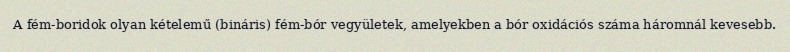
A fém-boridok olyan kételemű (bináris) fém-bór vegyületek, amelyekben a bór oxidációs száma háromnál kevesebb.